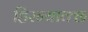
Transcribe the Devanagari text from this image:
हिरन्याक्छ